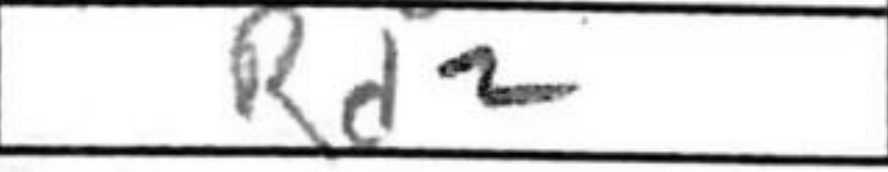
Transcription: Rd2